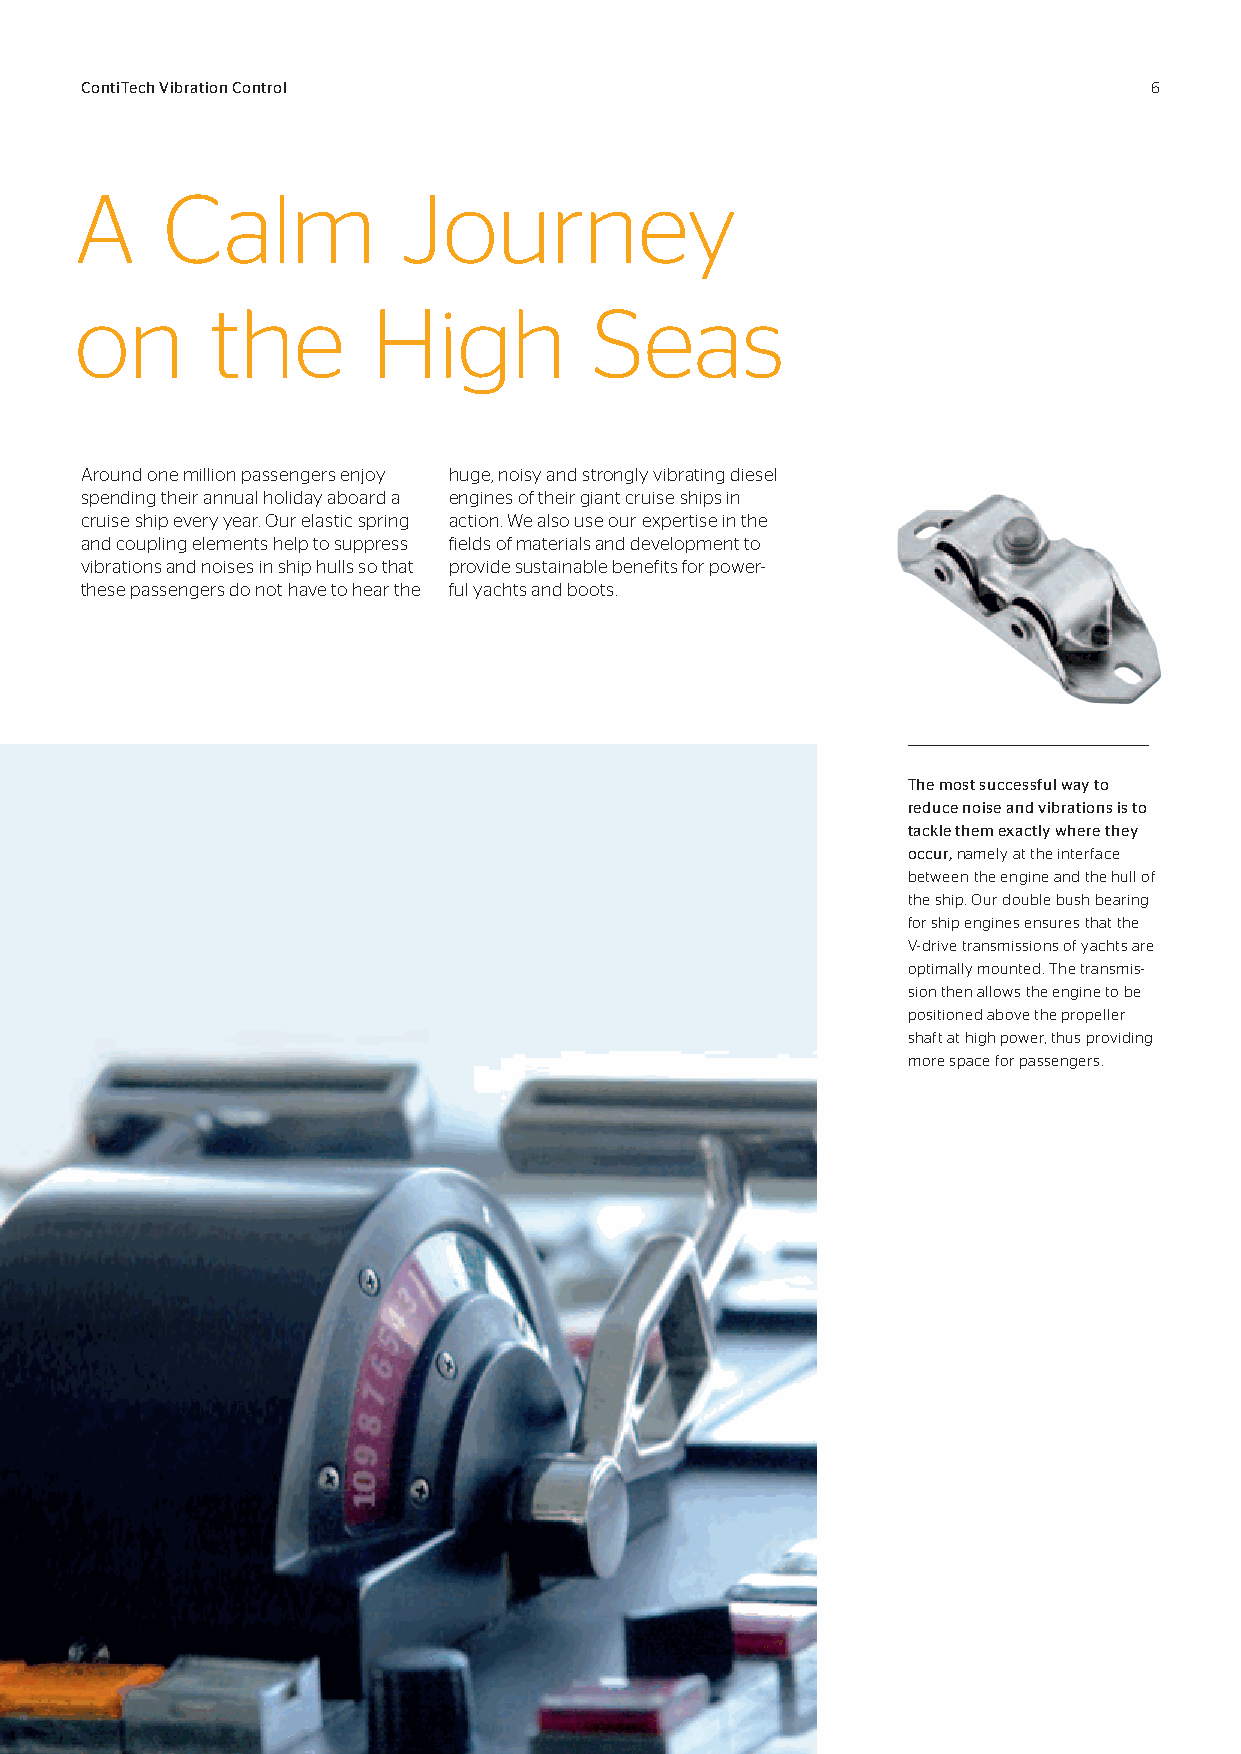
ContiTech Vibration Control                                            6
 A     Calm            Journey
 on       the        High          Seas
 Around one million passengers enjoy huge, noisy and strongly vibrating diesel
 spending their annual holiday aboard a engines of their giant cruise ships in
 cruise ship every year. Our elastic spring action. We also use our expertise in the
 and coupling elements help to suppress fields of materials and development to
 vibrations and noises in ship hulls so that provide sustainable benefits for power-
 these passengers do not have to hear the ful yachts and boots.
 The most successful way to
 reduce noise and vibrations is to
 tackle them exactly where they
 occur, namely at the interface
 between the engine and the hull of
 the ship. Our double bush bearing
 for ship engines ensures that the
 V-drive transmissions of yachts are
 optimally mounted. The transmis-
 sion then allows the engine to be
 positioned above the propeller
 shaft at high power, thus providing
 more space for passengers.